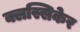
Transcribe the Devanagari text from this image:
क्लस्सिकेर